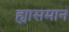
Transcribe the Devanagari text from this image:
ह्यासमान